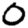
Digit: 0